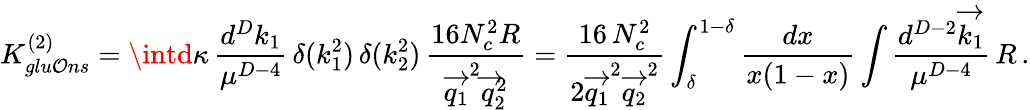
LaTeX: K_{glu\mathcal{O}ns}^{(2)}=\intd\kappa\, \frac{{d^{D}k_{1}}}{{\mu^{D-4}}}\, \delta(k_{1}^{2})\, \delta(k_{2}^{2})\, \frac{{16N_{c}^{2}R}}{{\overrightarrow{{q_{1}}}^{2}\overrightarrow{{q}}_{2}^{2}}}=\frac{{16\, N_{c}^{2}}}{{2\overrightarrow{{q_{1}}}^{2}\overrightarrow{{q_{2}}}^{2}}}\int_{\delta}^{1-\delta}\frac{{dx}}{{x(1-x)}}\int\frac{{d^{D-2}\overrightarrow{{k_{1}}}}}{{\mu^{D-4}}}\, R\, .